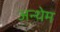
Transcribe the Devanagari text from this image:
अन्थेम